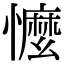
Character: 𢣗